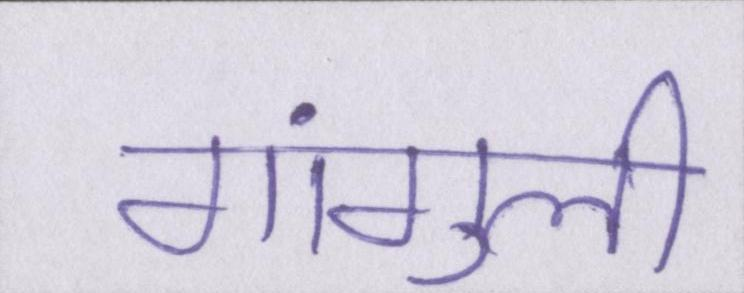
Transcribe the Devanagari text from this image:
गांगुली